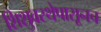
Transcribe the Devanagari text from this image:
शिशुवस्थेपासूनच